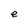
Character: e